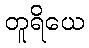
တူရိယေ